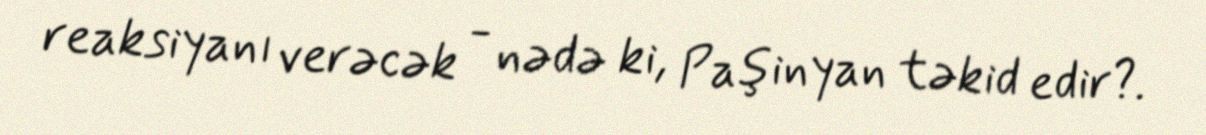
reaksiyanı verəcək - nədə ki, Paşinyan təkid edir?.